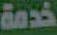
خدمة